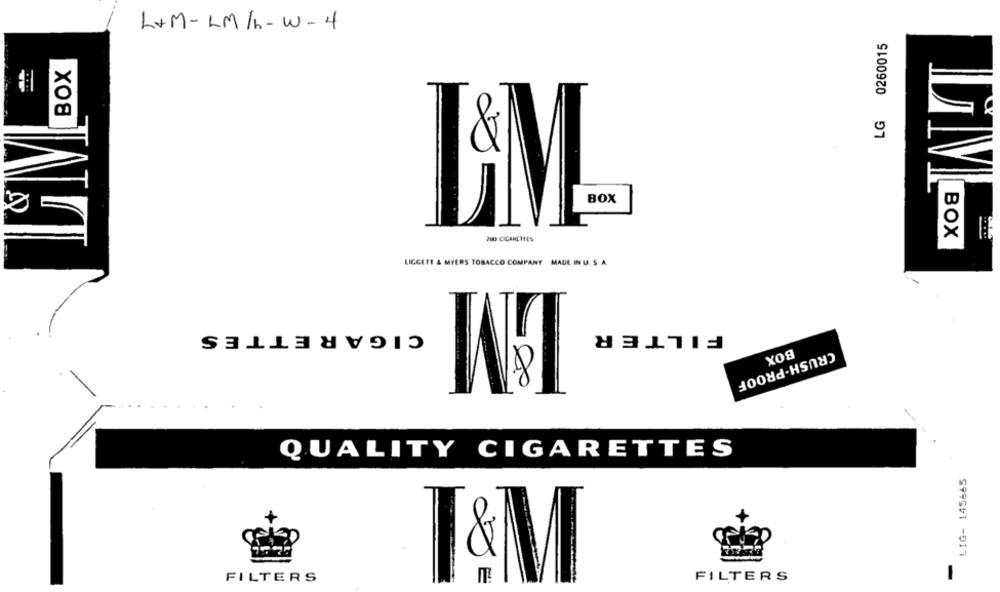
L+M-LM/h-w-4
0260015
BOX
....
9
LM
BOX
PUG CICANETTES
LIGGETT & MYERS TOBACCO COMPANY MADE IN U. S. A.
BM
CIGARETTES
FILTER
BOX
CRUSH-PROOF
QUALITY CIGARETTES
LIG- 145665
FILTERS
FILTERS
-